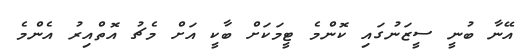
އޭނާ ބުނީ ސީޒަނުގައި ކޮންމެ ޓީމަކަށް ބާކީ އަށް މެޗު އޮތްއިރު އެންމެ